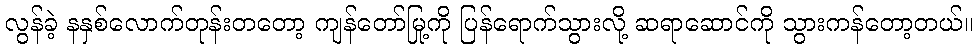
လွန်ခဲ့ နနှစ်လောက်တုန်းတတော့ ကျန်တော်မြု့ကို ပြန်ရောက်သွားလို့ ဆရာဆောင်ကို သွားကန်တော့တယ်။